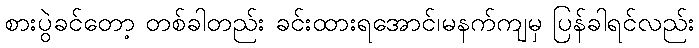
စားပွဲခင်တော့ တစ်ခါတည်း ခင်းထားရအောင်၊မနက်ကျမှ ပြန်ခါရင်လည်း